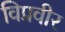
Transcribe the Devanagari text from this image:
विप्रवीर